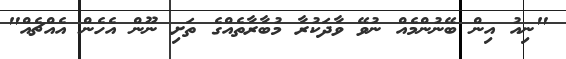
"ނިއު އިން ބޭނުންމެއް ނުވޭ ވާދަކުރާ މުބާރާތެއްގެ ތަށި ނޫން އެހެން އެއްޗެއް"